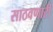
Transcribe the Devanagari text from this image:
साठवणारी